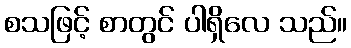
စသဖြင့် စာတွင် ပါရှိလေ သည်။